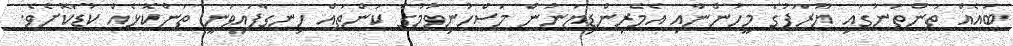
ބައެއް ތަންތަނުގައި ޔޫރަޕުގެ މީހުންނާއި އެމެރިންޑިޔަނުން މަސްހުނިވުމުގެ ކަންތައް ހިނގާފައިވަނީ ތަންކޮޅެއް ކުޑަކޮށެވެ.